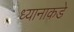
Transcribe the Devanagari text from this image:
ध्यानाकडे